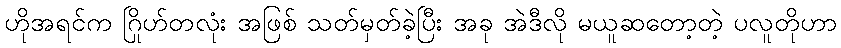
ဟိုအရင်က ဂြိုဟ်တလုံး အဖြစ် သတ်မှတ်ခဲ့ပြီး အခု အဲဒီလို မယူဆတော့တဲ့ ပလူတိုဟာ